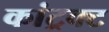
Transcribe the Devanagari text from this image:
कांट्रक्ट